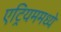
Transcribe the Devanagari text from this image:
एट्रियममध्ये